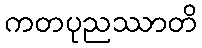
ကတပုညဿာတိ